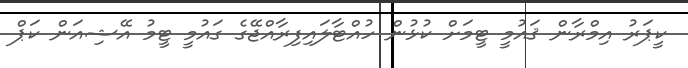
ކީޕަރު އިމްރާން ޤައުމީ ޓީމަށް ކުޅުން ހުއްޓާލައިފިރާއްޖޭގެ ގައުމީ ޓީމު އޭޝިއަން ކަޕް